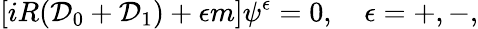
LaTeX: [iR({\cal D}_{0}+{\cal D}_{1})+\epsilon m]\psi^{\epsilon}=0,\quad\epsilon=+,-,